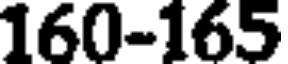
160-165